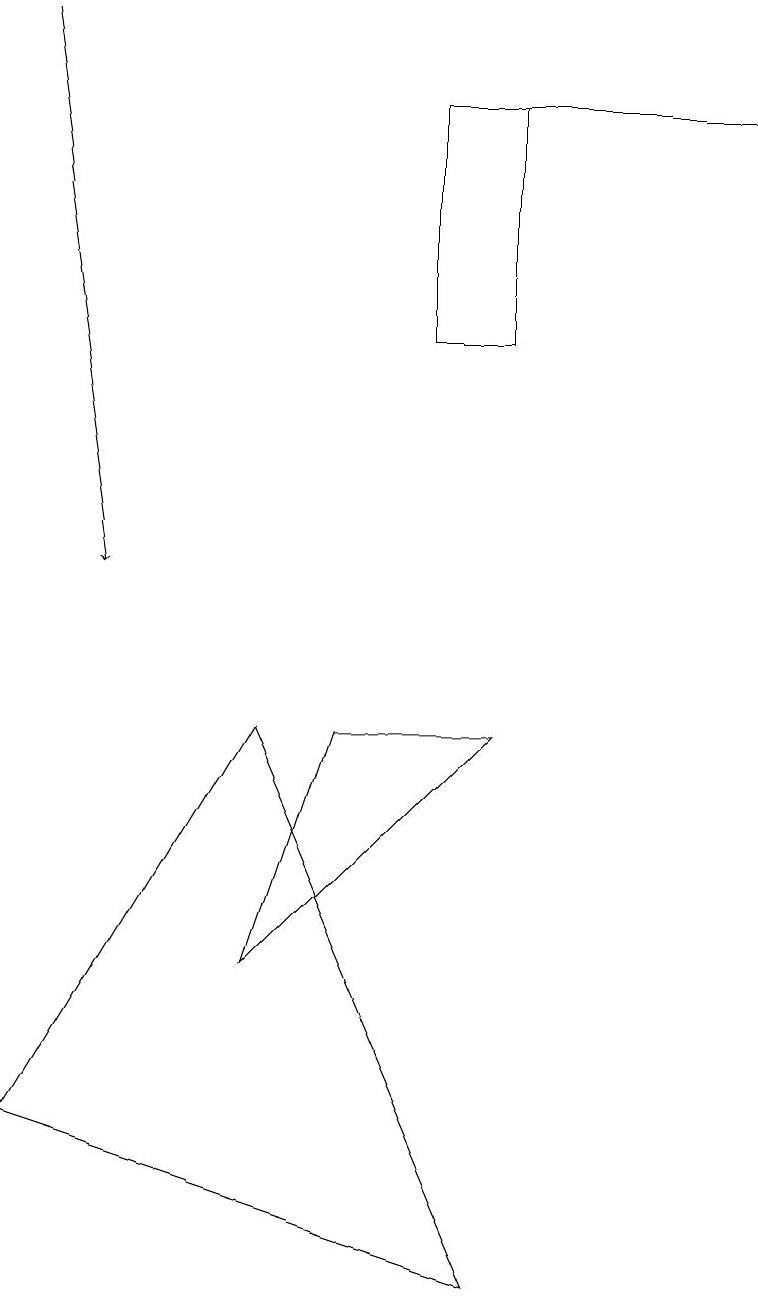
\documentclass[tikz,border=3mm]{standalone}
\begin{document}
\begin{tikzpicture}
\draw (0,4) -- (3,9) -- (6,2) -- cycle;
\draw (5,17) rectangle (6,14);
\draw (5,17) rectangle (9,17);
\draw (4,9) -- (3,6) -- (6,9) -- cycle;
\draw[->] (0,18) -- (1,11);
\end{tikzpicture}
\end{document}